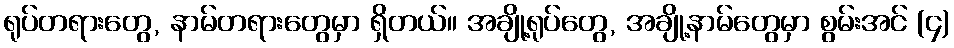
ရုပ်တရားတွေ, နာမ်တရားတွေမှာ ရှိတယ်။ အချို့ရုပ်တွေ, အချို့နာမ်တွေမှာ စွမ်းအင် (၄)